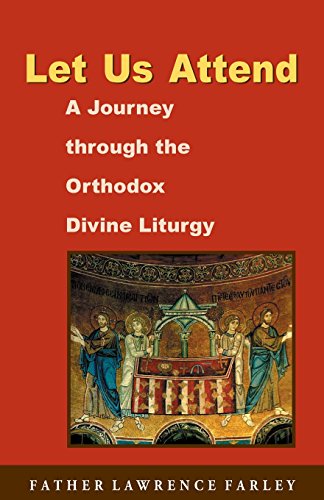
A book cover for Let Us Attend: A Journey Through the Orthodox Divine Liturgy; Lawrence R. Farley; Christian Books & Bibles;